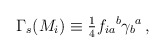
\begin{align*}\Gamma_{s}(M_{i})\equiv {\textstyle\frac{1}{4}}f_{ia}{}^{b}\gamma_{b}{}^{a}\, ,\end{align*}